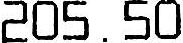
205.50